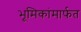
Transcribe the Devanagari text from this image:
भूमिकांमार्फत